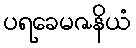
ပရခေမဇနိယံ